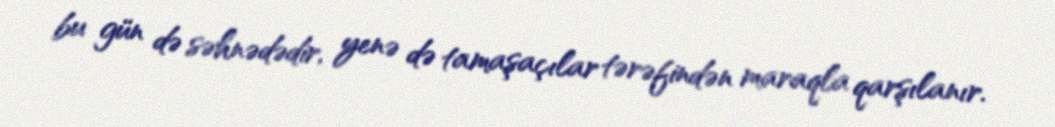
bu gün də səhnədədir, yenə də tamaşaçılar tərəfindən maraqla qarşılanır.